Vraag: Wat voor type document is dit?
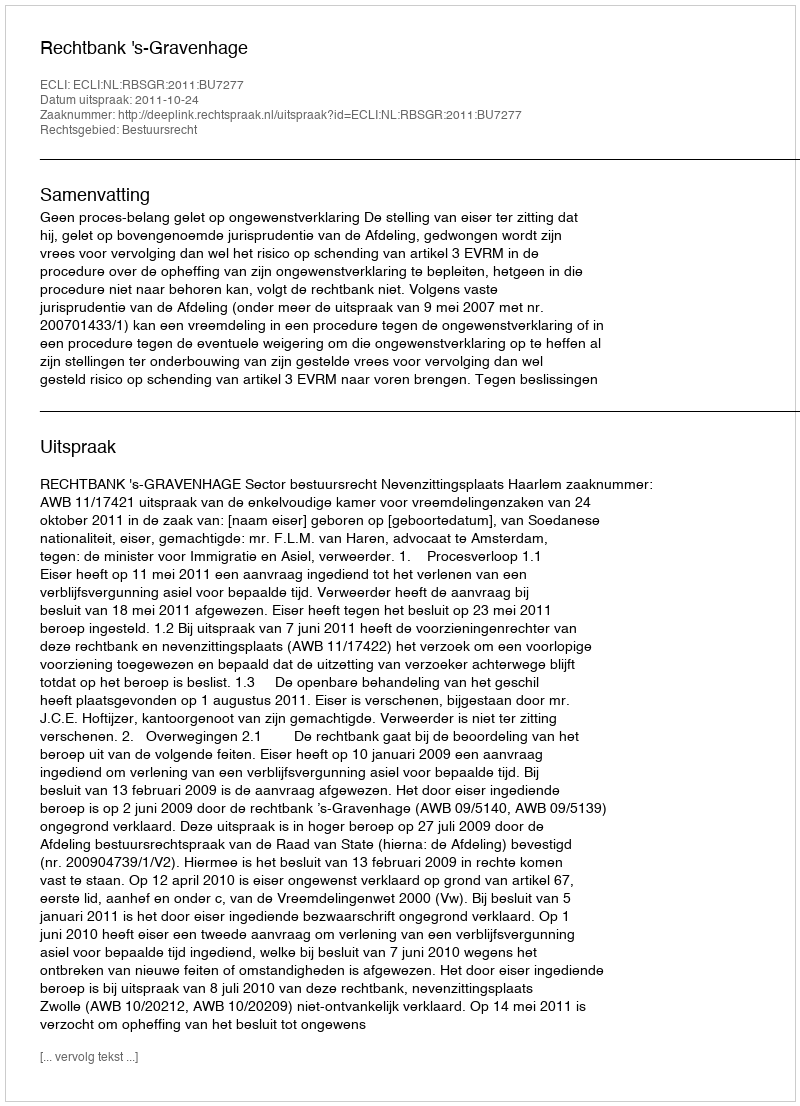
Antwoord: Uitspraak